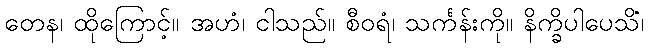
တေန၊ ထိုကြောင့်။ အဟံ၊ ငါသည်။ စီဝရံ၊ သင်္ကန်းကို။ နိက္ခိပါပေသိံ၊